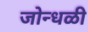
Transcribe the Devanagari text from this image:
जोन्धळी